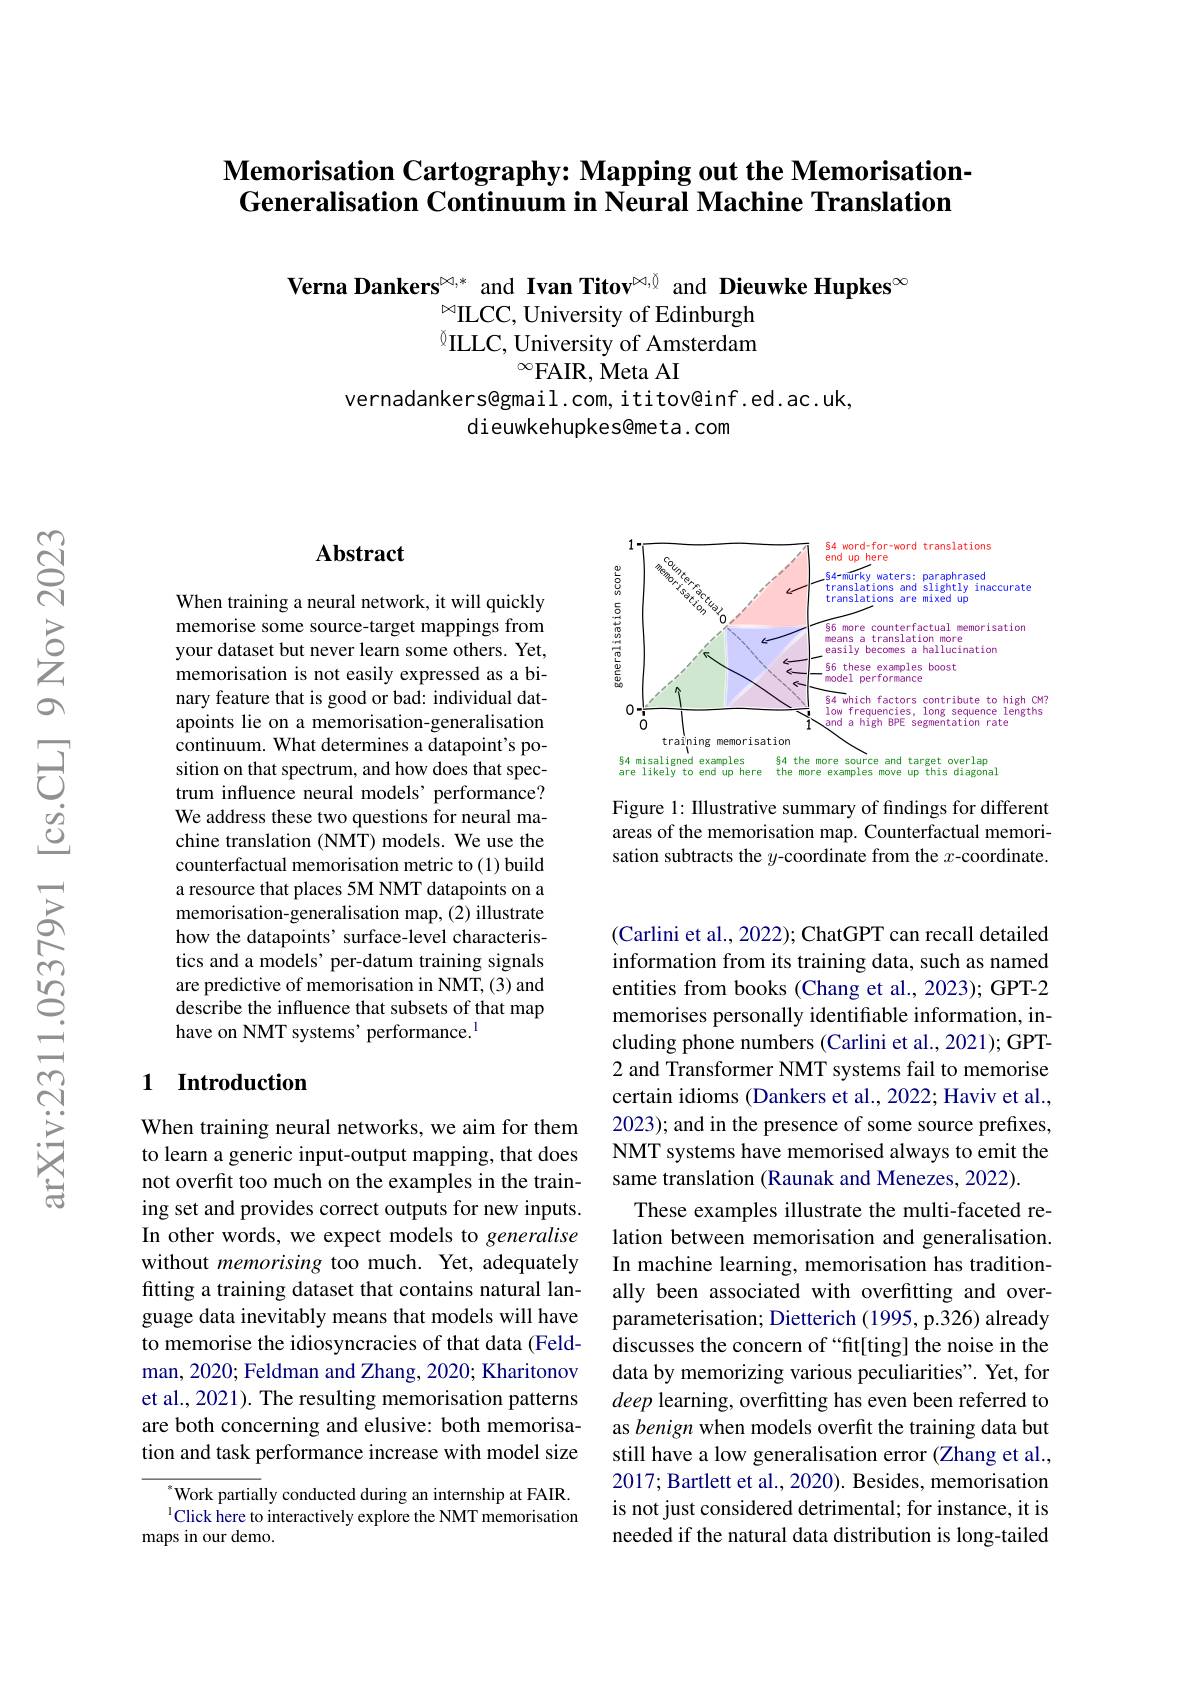
## $\textbf{Memorisation Cartography: Mapping out the Memorisation- }$ Generalisation Continuum in Neural Machine Translation

Verna Dankers$^{\infty,*}$ and Ivan Titov$^{\infty,\mathrm{j}}$ and Dieuwke Hupkes$^{\infty}$
$^{\bowtie}$ILCC, University of Edinburgh $^{\textcircled{1}}$ILLC, University of Amsterdam
$^{\infty}$FAIR, Meta AI
vernadankers@gmail.com, ititov@inf.ed.ac.uk,
dieuwkehupkes@meta.com

### Abstract

When training a neural network, it will quickly memorise some source-target mappings from your dataset but never learn some others. Yet, memorisation is not easily expressed as a binary feature that is good or bad: individual datapoints lie on a memorisation-generalisation continuum. What determines a datapoint's position on that spectrum, and how does that spectrum influence neural models’performance? We address these two questions for neural machine translation (NMT) models. We use the counterfactual memorisation metric to (1) build a resource that places 5M NMT datapoints on a memorisation-generalisation map, (2) illustrate how the datapoints' surface-level characteristics and a models' per-datum training signals are predictive of memorisation in NMT, (3) and describe the influence that subsets of that map have on NMT systems’performance.$^{1}$

### 1 Introduction

When training neural networks, we aim for them to learn a generic input-output mapping, that does not overfit too much on the examples in the training set and provides correct outputs for new inputs. In other words, we expect models to generalise without memorising too much. Yet, adequately fitting a training dataset that contains natural language data inevitably means that models will have to memorise the idiosyncracies of that data (Feldman, 2020; Feldman and Zhang, 2020; Kharitonov et al., 2021). The resulting memorisation patterns are both concerning and elusive: both memorisation and task performance increase with model size

${^{*}\text{Work partially conducted during an internship at FAIR}}.$ $^{1}$Click here to interactively explore the NMT memorisation
maps in our demo.

<FigureHere>

Figure 1: IIlustrative summary of findings for different areas of the memorisation map. Counterfactual memorisation subtracts the $y$-coordinate from the $x$-coordinate.

(Carlini et al., 2022); ChatGPT can recall detailed information from its training data, such as named entities from books (Chang et al., 2023); GPT-2 memorises personally identifiable information, including phone numbers (Carlini et al., 2021); GPT- 2 and Transformer NMT systems fail to memorise certain idioms (Dankers et al., 2022; Haviv et al., 2023); and in the presence of some source prefixes, NMT systems have memorised always to emit the same translation (Raunak and Menezes, 2022).
These examples illustrate the multi-faceted relation between memorisation and generalisation. In machine learning, memorisation has traditionally been associated with overfitting and overparameterisation; Dietterich (1995, p.326) already discusses the concern of “fit[ting] the noise in the data by memorizing various peculiarities". Yet, for deep learning, overfitting has even been referred to as benign when models overfit the training data but still have a low generalisation error (Zhang et al., 2017; Bartlett et al., 2020). Besides, memorisation is not just considered detrimental; for instance, it is needed if the natural data distribution is long-tailed